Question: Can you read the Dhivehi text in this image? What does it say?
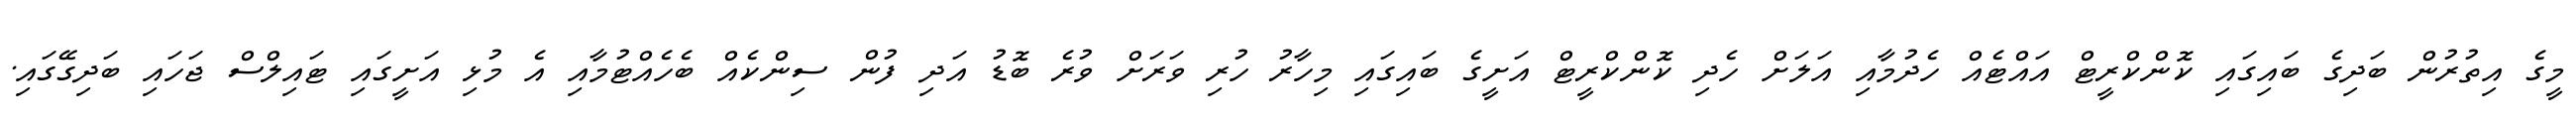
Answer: މީގެ އިތުރުން ބަދިގެ ބައިގައި ކޮންކްރީޓް އައްޓެއް ހެދުމާއި އަލަށް ހެދި ކޮންކްރީޓް އަށީގެ ބައިގައި މިހާރު ހުރި ވަރަށް ވުރެ ބޮޑު އަދި ފުން ސިންކެއް ބެހެއްޓުމާއި އެ މުޅި އަށީގައި ޓައިލްސް ޖަހައި ބަދިގޭގައި.